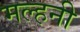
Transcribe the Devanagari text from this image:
मल्‍हनी